Lunatic asylums Bombay report 1891-1903 - 1891-1903
Year: 1891
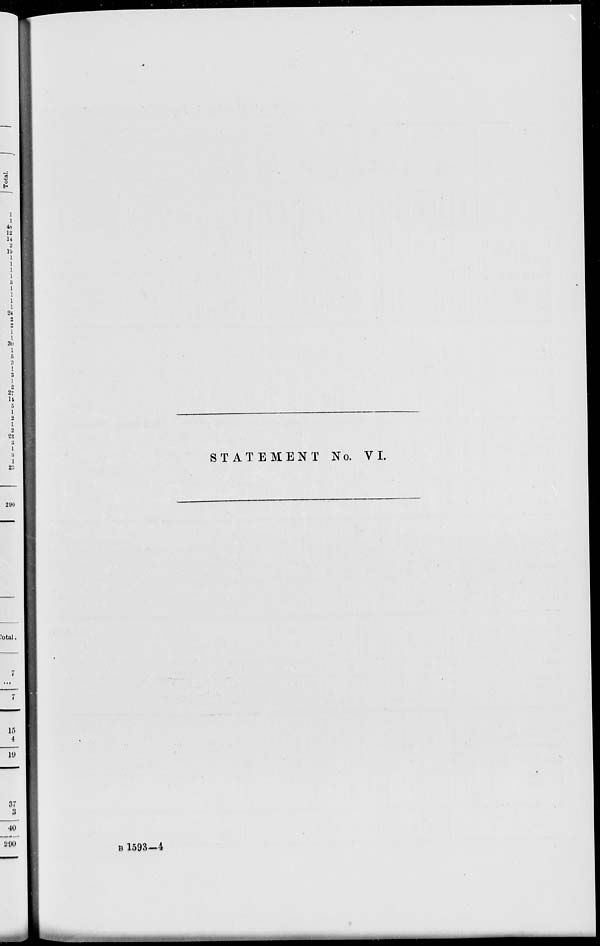
STATEMENT No. VI.
B 1593-4